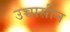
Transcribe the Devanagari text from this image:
उच्चासीन